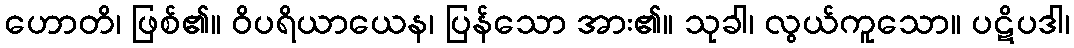
ဟောတိ၊ ဖြစ်၏။ ဝိပရိယာယေန၊ ပြန်သော အား၏။ သုခါ၊ လွယ်ကူသော။ ပဋိပဒါ၊